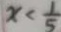
x < \frac { 1 } { 5 }